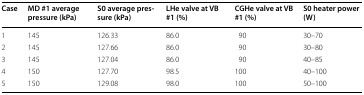
<table><thead><tr><td><b>Case</b></td><td><b>MD #1 average pressure (kPa)</b></td><td><b>S0 average pressure (kPa)</b></td><td><b>LHe valve at VB #1 (%)</b></td><td><b>CGHe valve at VB #1 (%)</b></td><td><b>S0 heater power (W)</b></td></tr></thead><tbody><tr><td>1</td><td>145</td><td>126.33</td><td>86.0</td><td>90</td><td>30–70</td></tr><tr><td>2</td><td>145</td><td>127.66</td><td>86.0</td><td>90</td><td>30–80</td></tr><tr><td>3</td><td>145</td><td>127.04</td><td>86.0</td><td>90</td><td>40–85</td></tr><tr><td>4</td><td>150</td><td>127.70</td><td>98.5</td><td>100</td><td>40–100</td></tr><tr><td>5</td><td>150</td><td>129.08</td><td>98.0</td><td>100</td><td>50–100</td></tr></tbody></table>